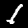
Label: 1